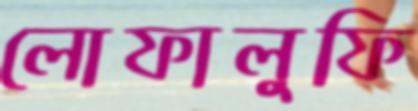
লোফালুফি